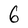
Character: 6